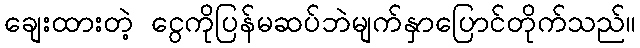
ချေးထားတဲ့ ငွေကိုပြန်မဆပ်ဘဲမျက်နှာပြောင်တိုက်သည်။